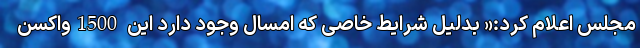
مجلس اعلام کرد:« بدلیل شرایط خاصی که امسال وجود دارد این 1500واکسن